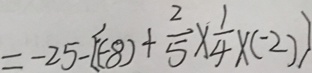
= - 2 5 - [ ( - 8 ) + \frac { 2 } { 5 } \times \frac { 1 } { 4 } \times ( - 2 ) ]